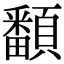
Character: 𩕏